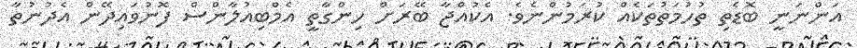
އަންނަނީ ބޮޑެތި ތުހުމަތުތަކެއް ކުރަމުންނެވެ. އެކުއްޖާ ބޭރަށް ހިންގާތީ އެމްބިއުލާންސް ފޮނުވައިދޭން އެދުނުތާ